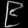
Digit: ၉